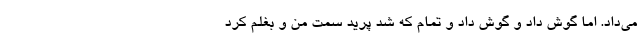
می‌داد. اما گوش داد و گوش داد و تمام که شد پرید سمت من و بغلم کرد